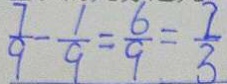
\frac { 7 } { 9 } - \frac { 1 } { 9 } = \frac { 6 } { 9 } = \frac { 1 } { 3 }